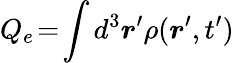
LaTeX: Q_{e}\! =\! \int d^{3}\boldsymbol{r}^{\prime}\rho(\boldsymbol{r}^{\prime},t^{\prime})